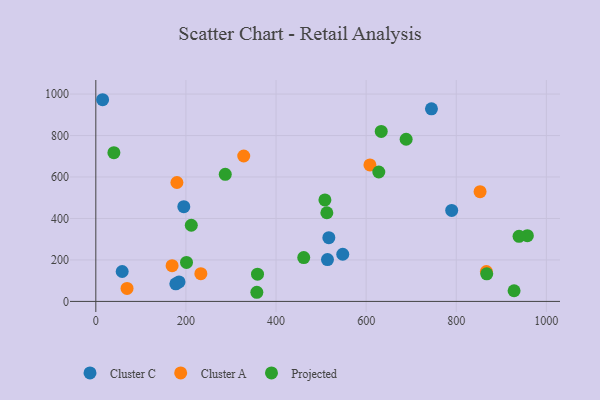
{"axis": {"x": "Speed", "y": "Salary"}, "legend": ["Cluster A", "Cluster C", "Projected"], "data": [{"x": "514.2", "y": 201.9, "type": "Cluster C"}, {"x": "58.5", "y": 144.4, "type": "Cluster C"}, {"x": "789.9", "y": 438.7, "type": "Cluster C"}, {"x": "15.1", "y": 972.7, "type": "Cluster C"}, {"x": "745.0", "y": 929.0, "type": "Cluster C"}, {"x": "195.3", "y": 456.8, "type": "Cluster C"}, {"x": "184.7", "y": 94.1, "type": "Cluster C"}, {"x": "177.6", "y": 84.8, "type": "Cluster C"}, {"x": "548.1", "y": 227.6, "type": "Cluster C"}, {"x": "517.2", "y": 307.2, "type": "Cluster C"}, {"x": "169.3", "y": 172.4, "type": "Cluster A"}, {"x": "233.1", "y": 133.7, "type": "Cluster A"}, {"x": "69.3", "y": 62.9, "type": "Cluster A"}, {"x": "180.0", "y": 573.6, "type": "Cluster A"}, {"x": "852.9", "y": 529.3, "type": "Cluster A"}, {"x": "608.4", "y": 658.1, "type": "Cluster A"}, {"x": "328.3", "y": 701.3, "type": "Cluster A"}, {"x": "866.9", "y": 143.8, "type": "Cluster A"}, {"x": "957.9", "y": 317.0, "type": "Projected"}, {"x": "928.4", "y": 51.5, "type": "Projected"}, {"x": "211.9", "y": 367.4, "type": "Projected"}, {"x": "358.9", "y": 131.6, "type": "Projected"}, {"x": "688.8", "y": 782.2, "type": "Projected"}, {"x": "512.8", "y": 427.7, "type": "Projected"}, {"x": "939.4", "y": 314.1, "type": "Projected"}, {"x": "633.5", "y": 819.7, "type": "Projected"}, {"x": "867.7", "y": 133.0, "type": "Projected"}, {"x": "201.3", "y": 188.0, "type": "Projected"}, {"x": "628.1", "y": 624.1, "type": "Projected"}, {"x": "461.5", "y": 211.3, "type": "Projected"}, {"x": "508.5", "y": 489.5, "type": "Projected"}, {"x": "287.3", "y": 613.1, "type": "Projected"}, {"x": "357.4", "y": 44.1, "type": "Projected"}, {"x": "40.1", "y": 717.4, "type": "Projected"}]}